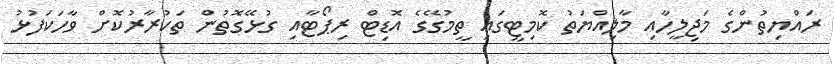
ރައްޔިތުންގެ މަޖިލީހާއި މާލިއްޔަތު ކޮމިޓީގައި ތީމުގޭގެ އޮޑިޓް ރިޕޯޓާއި ގުޅޭގޮތުން ތަކުރާރުކޮށް ވާހަކަފުޅު